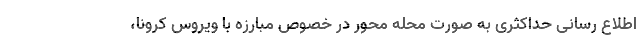
اطلاع رسانی حداکثری به صورت محله محور در خصوص مبارزه با ویروس کرونا،